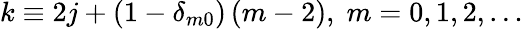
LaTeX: k\equiv 2j+\left(1-\delta_{m0}\right)\left(m-2\right),\; m=0,1,2,\ldots